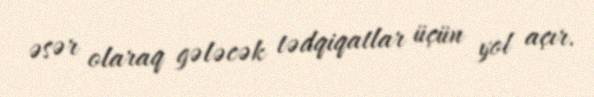
əsər olaraq gələcək tədqiqatlar üçün yol açır.